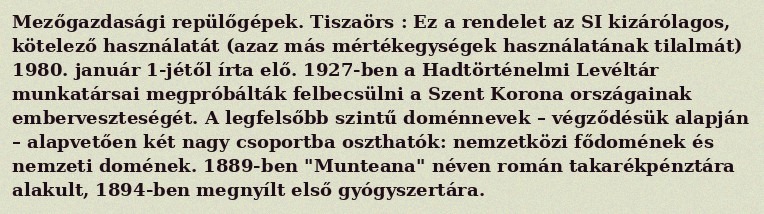
Mezőgazdasági repülőgépek. Tiszaörs : Ez a rendelet az SI kizárólagos, kötelező használatát (azaz más mértékegységek használatának tilalmát) 1980. január 1-jétől írta elő. 1927-ben a Hadtörténelmi Levéltár munkatársai megpróbálták felbecsülni a Szent Korona országainak emberveszteségét. A legfelsőbb szintű doménnevek – végződésük alapján – alapvetően két nagy csoportba oszthatók: nemzetközi fődomének és nemzeti domének. 1889-ben "Munteana" néven román takarékpénztára alakult, 1894-ben megnyílt első gyógyszertára.